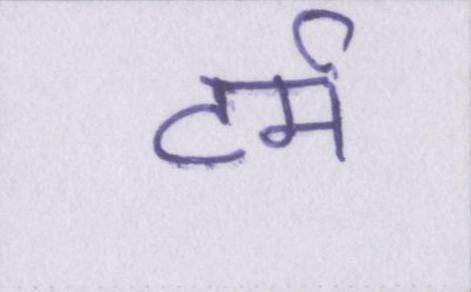
टर्म